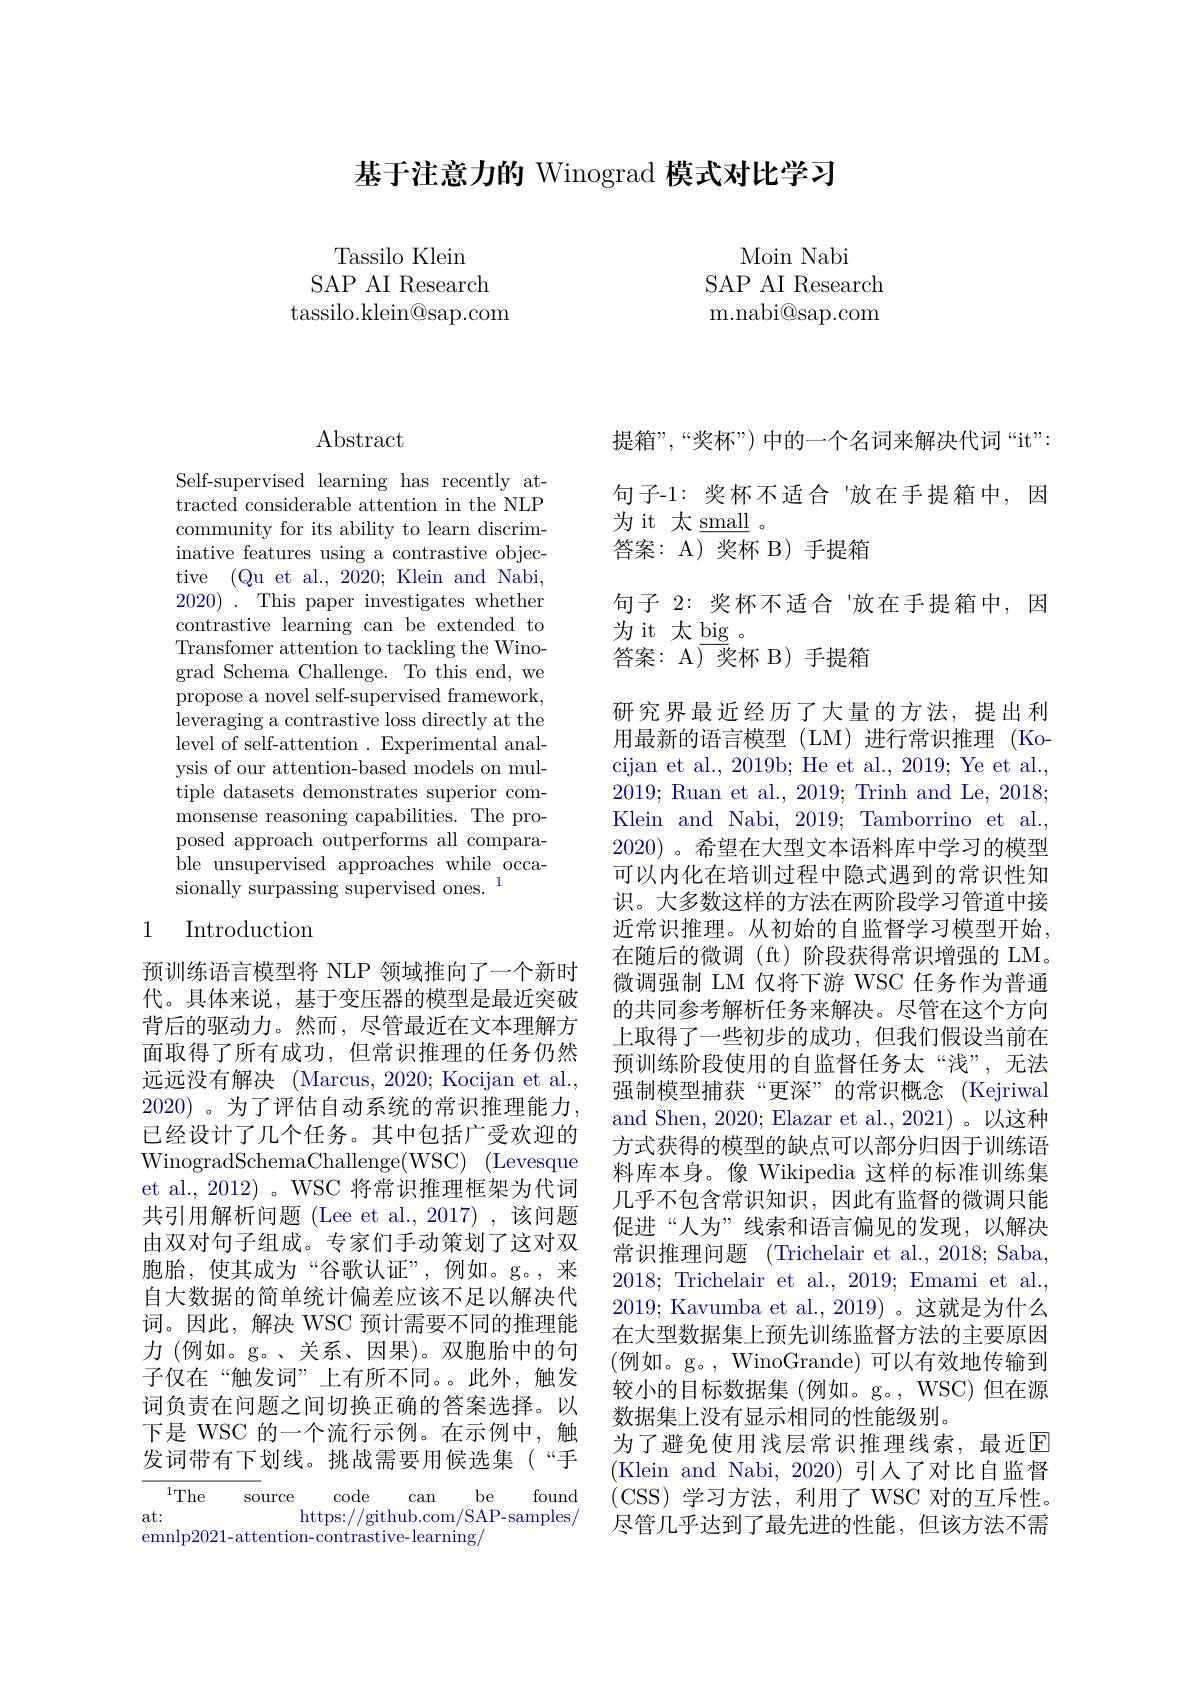
基于注意力的 Winograd 模式对比学习

Tassilo Klein
SAP AI Research tassilo.klein@sap.com

Moin Nabi
SAP AI Research m.nabi@sap.com

$\operatorname{Abstract}$

Self-supervised learning has recently attracted considerable attention in the NLP community for its ability to learn discriminative features using a contrastive objective (Qu et al., 2020; Klein and Nabi, 2020) .This paper investigates whether contrastive learning can be extended to Transfomer attention to tackling the Winograd Schema Challenge. To this end, we propose a novel self-supervised framework, leveraging a contrastive loss directly at the level of self- attention . Experimental anal- ysis of our attention-based models on multiple datasets demonstrates superior commonsense reasoning capabilities. The proposed approach outperforms all compara- ${\mathrm{ble~unsupervised~approaches~while~occa-}}$ sionally surpassing supervised ones. 1

## 1 Introduction

预训练语言模型将 NLP 领域推向了一个新时代。具体来说，基于变压器的模型是最近突破背后的驱动力。然而，尽管最近在文本理解方面取得了所有成功，但常识推理的任务仍然远远没有解决 (Marcus, 2020; Kocijan et al. 2020)。为了评估自动系统的常识推理能力， 已经设计了几个任务。其中包括广受欢迎的WinogradSchemaChallenge(WSC) (Levesque et al., 2012)。WSC 将常识推理框架为代词共引用解析问题 (Lee et al.,2017) ,该问题由双对句子组成。专家们手动策划了这对双胞胎，使其成为“谷歌认证”,例如。g。,来自大数据的简单统计偏差应该不足以解决代词。因此，解决 WSC 预计需要不同的推理能力 (例如。g。、关系、因果)。双胞胎中的句子仅在“触发词”上有所不同。。此外，触发词负责在问题之间切换正确的答案选择。以下是 WSC 的一个流行示例。在示例中，触发词带有下划线。挑战需要用候选集(“手
$^{1}$The
source
code can be found
at:
https://github.com/SAP-samples/
emnlp2021-attention-contrastive-learning/

提箱”,“奖杯”)中的一个名词来解决代词“it”:

句子-1:奖杯不适合“放在手提箱中，因

为 it 太$\underline\mathrm{small}$

答案：A) 奖杯 B) 手提箱

句子 2: 奖杯不适合「放在手提箱中，因

为 it 太$\underline\mathrm{big}$。

答案：A) 奖杯 B) 手提箱

研究界最近经历了大量的方法，提出利用最新的语言模型 (LM) 进行常识推理 (Kocijan et al., 2019b; He et al., 2019; Ye et al., 2019; Ruan et al., 2019; Trinh and Le, 2018; Klein and Nabi, 2019; Tamborrino et al. 2020) 。希望在大型文本语料库中学习的模型可以内化在培训过程中隐式遇到的常识性知识。大多数这样的方法在两阶段学习管道中接近常识推理。从初始的自监督学习模型开始， 在随后的微调(ft)阶段获得常识增强的 LM。微调强制 LM 仅将下游 WSC 任务作为普通的共同参考解析任务来解决。尽管在这个方向上取得了一些初步的成功，但我们假设当前在预训练阶段使用的自监督任务太“浅”,无法强制模型捕获“更深”的常识概念 (Kejriwal and Shen, 2020; Elazar et al., 2021)。以这种方式获得的模型的缺点可以部分归因于训练语料库本身。像 Wikipedia 这样的标准训练集几乎不包含常识知识，因此有监督的微调只能促进“人为”线索和语言偏见的发现，以解决常识推理问题 (Trichelair et al., 2018; Saba, 2018;Trichelair et al., 2019; Emami et al., 2019; Kavumba et al., 2019)。这就是为什么在大型数据集上预先训练监督方法的主要原因(例如。g。, WinoGrande)可以有效地传输到较小的目标数据集 (例如。g。, WSC) 但在源数据集上没有显示相同的性能级别。
为了避免使用浅层常识推理线索，最近回(Klein and Nabi, 2020)引人了对比自监督(CSS)学习方法，利用了WSC 对的互斥性。尽管几乎达到了最先进的性能，但该方法不需